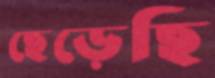
ছেড়েছি